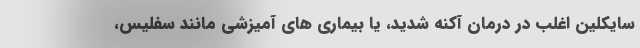
سایکلین اغلب در درمان آکنه شدید، یا بیماری های آمیزشی مانند سفلیس،